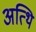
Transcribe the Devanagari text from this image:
अत्थि